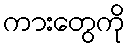
ကားတွေကို